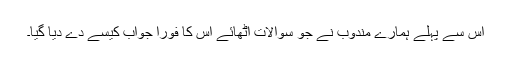
اس سے پہلے ہمارے مندوب نے جو سوالات اٹھائے اس کا فورا جواب کیسے دے دیا گیا۔